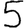
Digit: 5